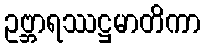
ဥဗ္ဘာရဿဋ္ဌမာတိကာ